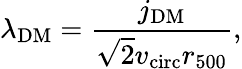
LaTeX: \lambda_{\mathrm{DM}}=\frac{j_{\mathrm{DM}}}{\sqrt{2}v_{\mathrm{circ}}r_{500}},